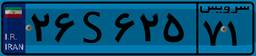
۲۲S۰۴۹۴۵